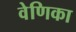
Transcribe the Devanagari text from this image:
वेणिका